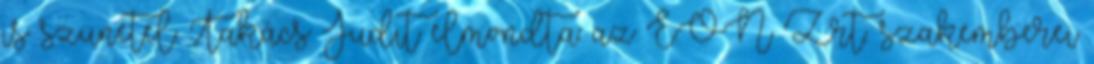
is szünetel. Takács Judit elmondta: az E.ON Zrt. szakemberei